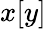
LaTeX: x[y]